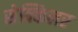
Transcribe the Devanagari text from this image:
सेक्किलर